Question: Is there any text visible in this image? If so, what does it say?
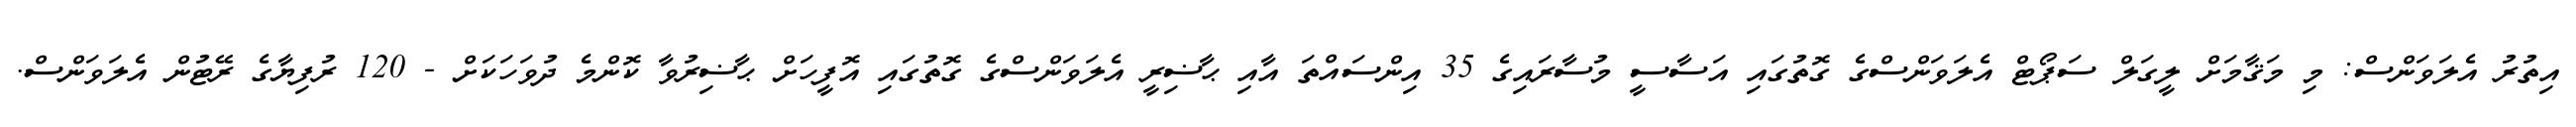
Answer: އިތުރު އެލަވަންސް: މި މަޤާމަށް ލީގަލް ސަޕޯޓް އެލަވަންސްގެ ގޮތުގައި އަސާސީ މުސާރައިގެ 35 އިންސައްތަ އާއި ޙާޟިރީ އެލަވަންސްގެ ގޮތުގައި އޮފީހަށް ޙާޟިރުވާ ކޮންމެ ދުވަހަކަށް - 120 ރުފިޔާގެ ރޭޓުން އެލަވަންސް.